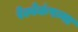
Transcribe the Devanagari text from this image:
रेल्वेकंपन्या